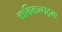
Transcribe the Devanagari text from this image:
कविकल्पद्रमः